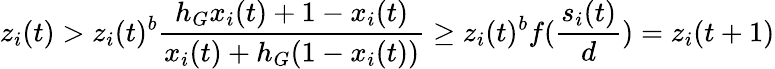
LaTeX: z_{i}(t)>z_{i}(t)^{b}\frac{h_{G}x_{i}(t)+1-x_{i}(t)}{x_{i}(t)+h_{G}(1-x_{i}(t))}\geq z_{i}(t)^{b}f(\frac{s_{i}(t)}{d})=z_{i}(t+1)